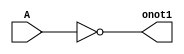
module NOT1 (output wire onot1, input A);
    assign onot1 = ~A;//this assigns the output A to 
endmodule